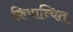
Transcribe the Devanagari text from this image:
क्रियान्यित